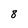
Character: 8